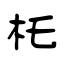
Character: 杔